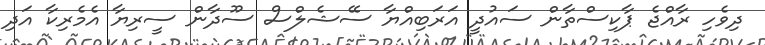
ދިވެހި ރާއްޖެ ޕާކިސްތާން ސައުދީ އަރަބިއްޔާ ސޭޝެލްސް ސޫދާން ސީރިޔާ އެމެރިކާ އަދި